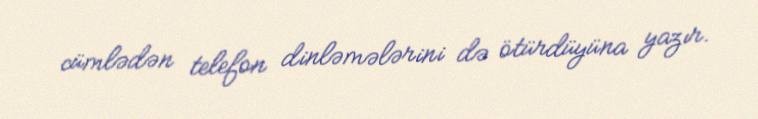
cümlədən telefon dinləmələrini də ötürdüyüna yazır.